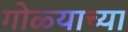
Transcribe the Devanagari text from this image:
गोळ्याच्या